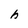
Character: h